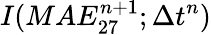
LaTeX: I(MAE_{27}^{n+1};\Delta t^{n})